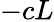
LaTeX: -cL